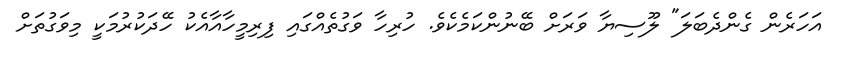
އަހަރެން ގެންދެބަލަ" ލޫސިޔާ ވަރަށް ބޭނުންކަމެކެވެ. ހުރިހާ ވަގުތެއްގައި ފިރިމީހާއާއެކު ހޭދަކުރުމަކީ މިވަގުތަށް